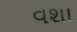
વશા